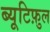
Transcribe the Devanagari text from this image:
ब्यूटिफ़ुल